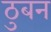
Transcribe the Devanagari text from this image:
ठुबन